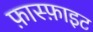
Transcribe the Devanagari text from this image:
फ़ास्फ़ाइट